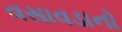
વસાવડાનો